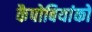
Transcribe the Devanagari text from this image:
कैपोबियांको